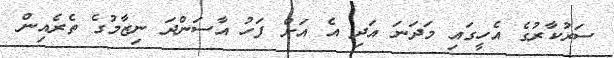
ސަރުކާރުގެ އެހީގައި މަދަނަ އަދި އެ އަށް ފަހު އާސަންދަ ނިޒާމުގެ ތެރެއިން